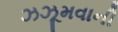
ઝઝૂમવાની